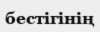
бестігінің